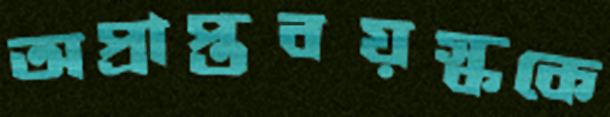
অপ্রাপ্তবয়স্ককে